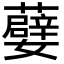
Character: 𭒯